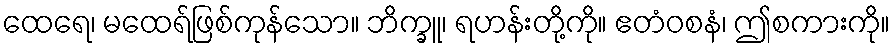
ထေရေ၊ မထေရ်ဖြစ်ကုန်သော။ ဘိက္ခူ၊ ရဟန်းတို့ကို။ ဧတံဝစနံ၊ ဤစကားကို။